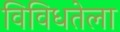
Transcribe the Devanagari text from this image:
विविधतेला